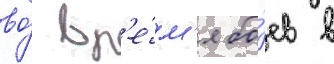
во́ вр'е́м'я бо́ев в